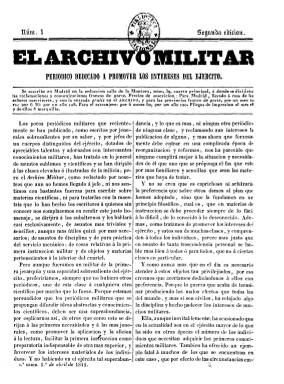
Título: El Archivo militar
Colección: Fuerzas armadas
Ámbito geográfico: Madrid
Lugar de publicación: Madrid
Fechas: 01/04/1841-26/08/1841

Semanario (salió los jueves) fundado, dirigido, y redactado principalmente, por Antonio Vallecillo Luján (1807-1880), que llegará a alcanzar el grado de coronel, pero que sobre todo será un prestigioso erudito y autor de numerosas obras compilatorias de los códigos históricos del ejército español, además de colaborador de la prensa militar de la época. Empieza a publicar este periódico de su propiedad el uno de abril de 1841, siendo oficial adscrito al Ministerio de la Guerra, y al mismo tiempo que el general Baldomero Espartero (1793-1879) asume la regencia tras la marcha al exilio de la reina gobernadora María Cristina.

Subtitulado “periódico dedicado a promover los intereses del Ejército”, su director expresa renunciar a toda pretensión científica, que deja a otras publicaciones del mismo carácter, y señala que será redactado por militares que no han alcanzado el empleo de jefes, para proporcionar una cultura militar a los suboficiales y subalternos en asuntos como la disciplina, la práctica mecánica, la instrucción o la intendencia militar, así como para promover “los intereses del ejército” y los “materiales de los individuos” que lo componen.

Será uno más de la decena de periódicos militares que aparecen durante los tres años que dura la regencia de Espartero, un periodo en el que se asiste a una inusitada proliferación de la prensa político-militar (en palabras de Aguilar Olvencia, 1978), y en el que intervendrán implicados con sus asonadas y sublevaciones los grandes “espadones” de la época: los generales Leopoldo O`Donell, José María Narváez, Francisco Serrano y Juan Prim, entre otros.

Compuesto a dos columnas, en números de ocho páginas, comienza cada entrega con un artículo entre erudito y doctrinal, dando énfasis al papel que la Constitución y las leyes reservan al ejército, seguido de otros de carácter técnico (tácticas, definiciones), dedicando los restantes contenidos a legislación, noticias y asuntos de personal. También incluye algunos artículos remitidos.

Sin embargo, un artículo de fondo publicado en su número de 29 de julio (aunque identificado como número 15, corresponde al 18), en el que se defiende al teniente de la Guardia Real Mariano Sancho en su lance con el redactor de El constitucional Antonio Seijas (creemos que se refiere al periódico editado en Barcelona entre 1837 y 1843), Vallecillo recibirá una orden para su separación como oficial del Ministerio de la Guerra y su traslado a Málaga, porque parecía que sus escritos eran contrarios al gobierno.

Vallecillo, que considera que se pretendía así suspender la publicación de su periódico, nombra como su editor responsable a R.P. de Linares y se defiende en los siguientes números, a la vez que expresará un nuevo plan de edición a partir de septiembre. Su periódico lo escindirá en tres: El archivo militar. Sección militar, que saldrá los jueves con textos de orden técnico; El archivo militar. Sección política,  con artículos políticos y político-militares, variedades, curiosidades y noticias; y El archivo militar. Sección legislativa. Sin embargo, esta última sección puede ser la Colección de las leyes reales decretos, órdenes, reglamentos, circulares y resoluciones generales… que Vallecillo empieza a estampar en 1841, aunque con un primer tomo dedicado a la compilación normativa de 1839.

Tan sólo cinco meses después de su aparición, con el número 22, del 26 de agosto de 1841, terminará la “1ª serie” de El archivo militar. Véanse en esta Hemeroteca Digital los títulos en los que se escindió.